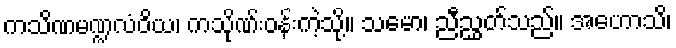
ကသိဏမဏ္ဍလံဝိယ၊ ကသိုဏ်းဝန်းကဲ့သို့။ သမော၊ ညီညွှတ်သည်။ အဟောသိ၊